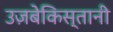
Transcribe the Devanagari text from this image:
उज़बेकिस्तानी